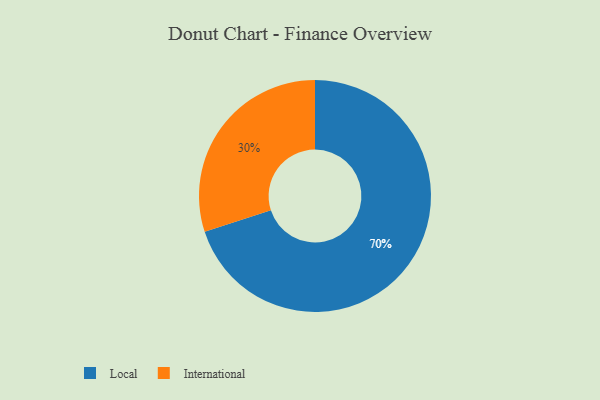
{"axis": {"x": "Category", "y": "Percentage"}, "legend": ["International", "Local"], "data": [{"x": "International", "y": 30, "type": "International"}, {"x": "Local", "y": 70, "type": "Local"}]}